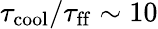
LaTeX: \tau_{\mathrm{cool}}/\tau_{\mathrm{ff}}\sim 10